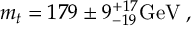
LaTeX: m _ { t } = 1 7 9 \pm 9 _ { - 1 9 } ^ { + 1 7 } \mathrm { G e V } \; ,